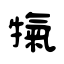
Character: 犔